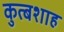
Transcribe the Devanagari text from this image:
कुत्बशाह